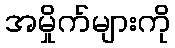
အမှိုက်များကို